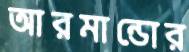
আরমান্ডোর